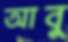
আবু